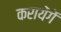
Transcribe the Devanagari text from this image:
करायेंगें